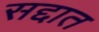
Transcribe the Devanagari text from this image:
सद्दात